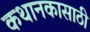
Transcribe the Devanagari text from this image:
कथानकासाठी